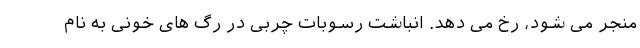
منجر می شود، رخ می دهد. انباشت رسوبات چربی در رگ های خونی به نام